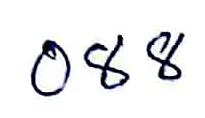
088